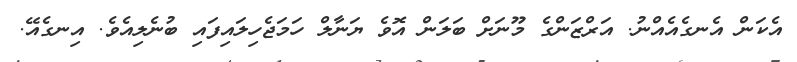
އެކަން އެނގެއެއްނު. އަރްޒަންގެ މޫނަށް ބަލަން އޮވެ ޔަނާލް ހަމަޖެހިލައިފައި ބުނެލިއެވެ. އިނގެއޭ.